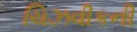
ચિઝવીકની